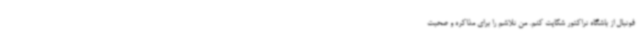
فوتبال از باشگاه تراکتور شکایت کنم. من تلاشم را برای مذاکره و صحبت